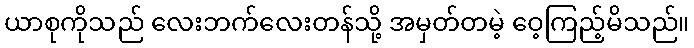
ယာစုကိုသည် လေးဘက်လေးတန်သို့ အမှတ်တမဲ့ ဝေ့ကြည့်မိသည်။